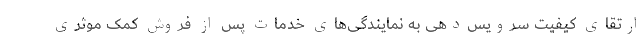
ارتقای کیفیت سرویس‌دهی به نمایندگی‌های خدمات پس از فروش کمک موثری